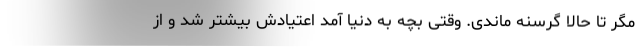
مگر تا حالا گرسنه ماندی. وقتی بچه به دنیا آمد اعتیادش بیشتر شد و از